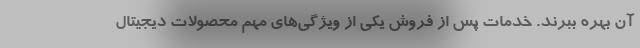
آن بهره ببرند. خدمات پس از فروش یکی از ویژگی‌های مهم محصولات دیجیتال